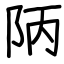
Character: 陃